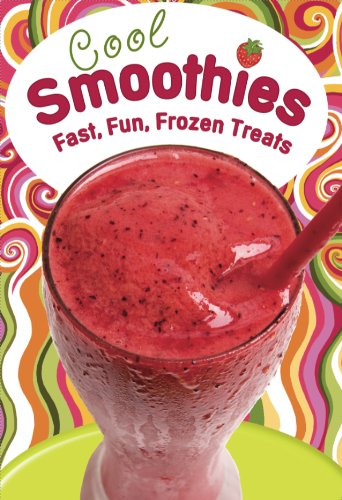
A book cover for Cool Smoothies; LLC Cookbook Resources; Cookbooks, Food & Wine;